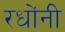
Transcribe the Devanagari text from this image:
रधोंनी